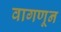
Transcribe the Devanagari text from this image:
वागणून